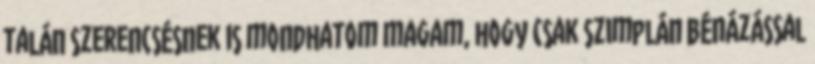
talán szerencsésnek is mondhatom magam, hogy csak szimplán bénázással